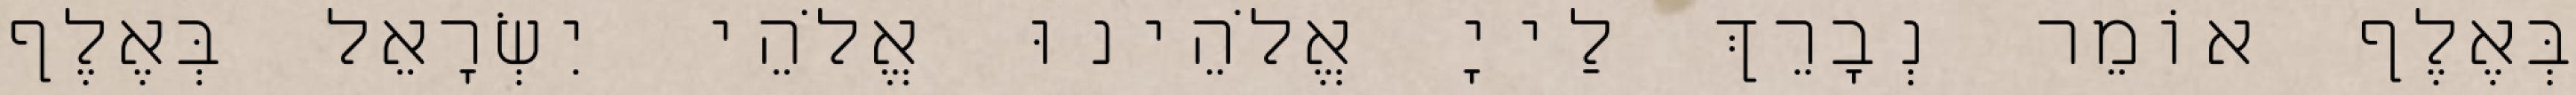
בְּאֶלֶף אוֹמֵר נְבָרֵךְ לַייָ אֱלֹהֵינוּ אֱלֹהֵי יִשְׂרָאֵל בְּאֶלֶף